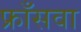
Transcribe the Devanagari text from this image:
फ्राँसवा